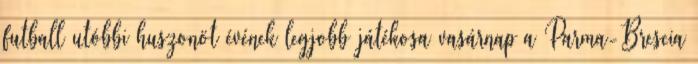
futball utóbbi huszonöt évének legjobb játékosa vasárnap a Parma-Brescia